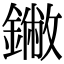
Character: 䥕